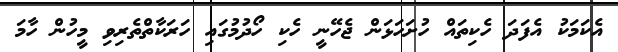
އެކަމަކު އެފަދަ ހެކިތައް ހުށަހަޅަން ޖެހޭނީ ހެކި ހޯދުމުގައި ހަރަކާތްތެރިވި މީހުން ހާމަ